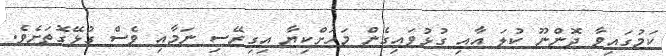
ކަމުގައިވާ ދޮންނޫ ކުލަ އާއި ގުޅުވައިގެން މަހަށްކިޔާ އިގިރޭސި ނަމާއި ވެސް ގުޅޭގޮތަށެވެ.